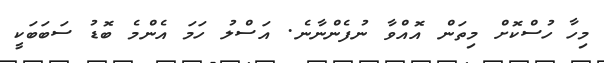
މިހާ ހުސްކޮށް މިތަން އޮއްވާ ނުފެންނާނެ. އަސްލު ހަމަ އެންމެ ބޮޑު ސަބަބަކީ